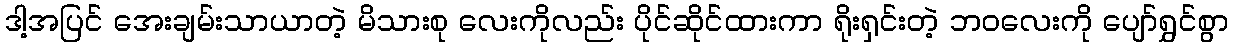
ဒါ့အပြင် အေးချမ်းသာယာတဲ့ မိသားစု လေးကိုလည်း ပိုင်ဆိုင်ထားကာ ရိုးရှင်းတဲ့ ဘဝလေးကို ပျော်ရွှင်စွာ